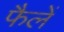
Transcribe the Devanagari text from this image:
फैलें